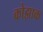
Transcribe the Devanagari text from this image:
कोझाक